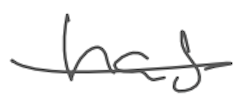
Text: has
Cross-out: single-line
Writing tool: digital_gray